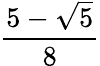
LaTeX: \frac{5-{\sqrt{5}}}{8}